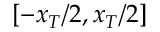
[ - x _ { T } / 2 , x _ { T } / 2 ]